65_HS1-834228961_62-HQ-83894_Section_3
Agency: FBI
Page 71
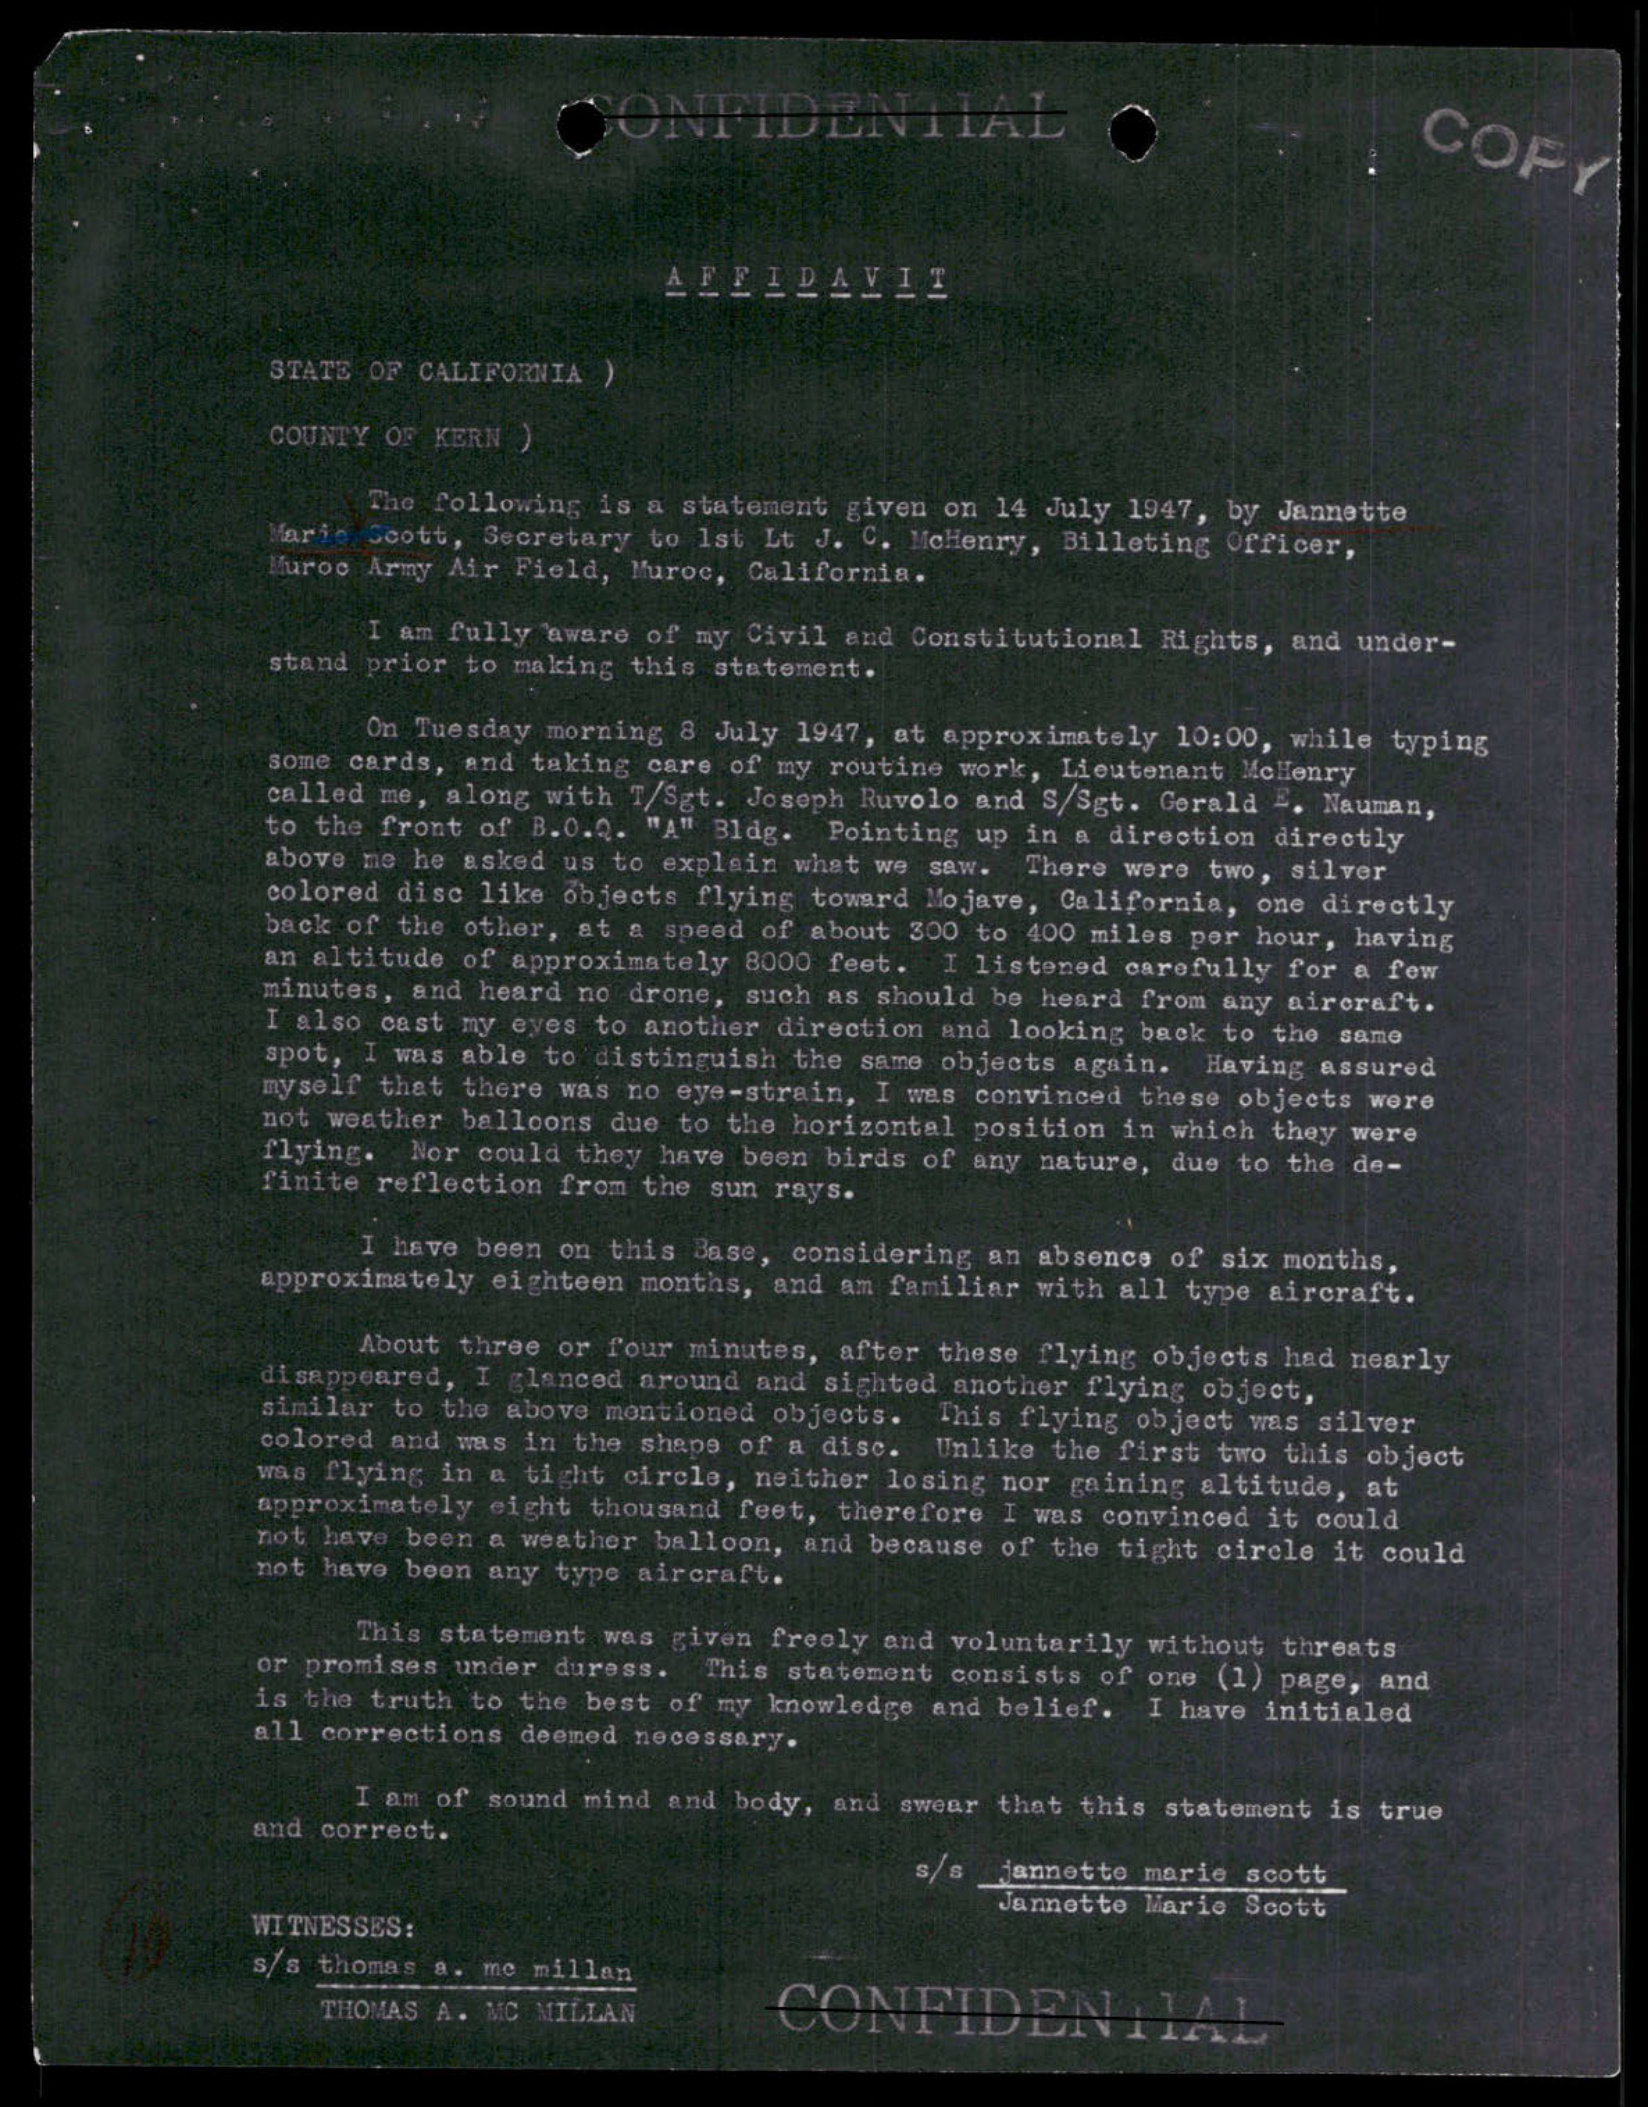